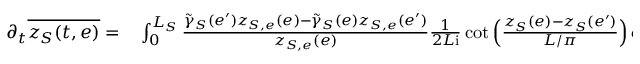
\begin{array} { r l } { \partial _ { t } \overline { { z _ { S } ( t , e ) } } = } & { { } \int _ { 0 } ^ { L _ { S } } \frac { \tilde { \gamma } _ { S } ( e ^ { \prime } ) z _ { S , e } ( e ) - \tilde { \gamma } _ { S } ( e ) z _ { S , e } ( e ^ { \prime } ) } { z _ { S , e } ( e ) } \frac 1 { 2 L \mathrm { i } } \cot \Big ( \frac { z _ { S } ( e ) - z _ { S } ( e ^ { \prime } ) } { L / \pi } \Big ) \, \mathrm { d } e ^ { \prime } } \end{array}